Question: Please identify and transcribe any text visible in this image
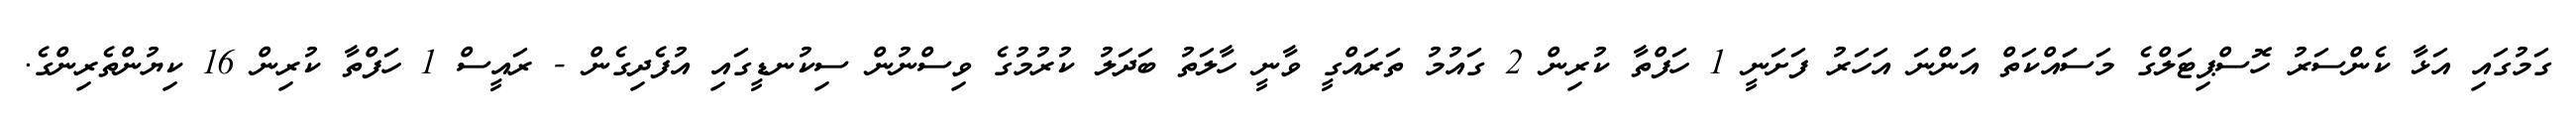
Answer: ގަމުގައި އަޅާ ކެންސަރު ހޮސްޕިޓަލްގެ މަސަައްކަތް އަންނަ އަހަރު ފަށަނީ 1 ހަފްތާ ކުރިން 2 ގައުމު ތަރައްގީ ވާނީ ހާލަތު ބަދަލު ކުރުމުގެ ވިސްނުން ސިކުނޑީގައި އުފެދިގެން - ރައީސް 1 ހަފްތާ ކުރިން 16 ކިޔުންތެރިންގެ.